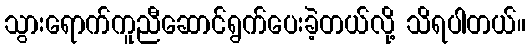
သွားရောက်ကူညီဆောင်ရွက်ပေးခဲ့တယ်လို့ သိရပါတယ်။